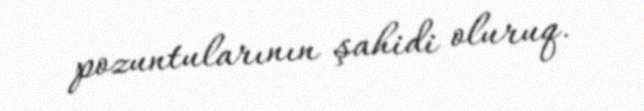
pozuntularının şahidi oluruq.